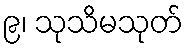
၉၊ သုသိမသုတ်